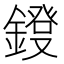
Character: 𨫁